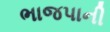
ભાજપાની